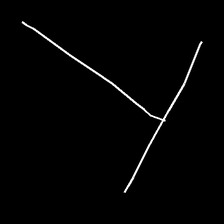
Glyph: column